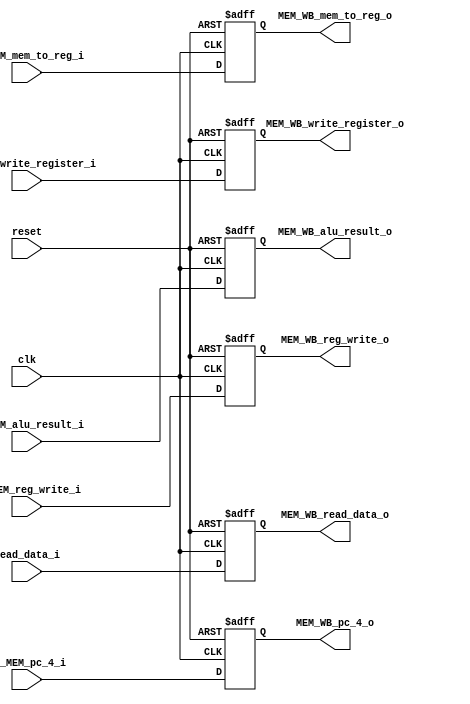
module MEM_WB_module
#(
	parameter NBits = 32
)
(
	input clk,
	input reset,
	input [NBits-1:0] EX_MEM_pc_4_i, //EX_MEM_pc_4_o_w
	input [NBits-1:0] read_data_i, //rest_data_w
	input [NBits-1:0] EX_MEM_alu_result_i,//EX_MEM_alu_result_o_w
	input [4:0] EX_MEM_write_register_i,
	
	input EX_MEM_reg_write_i, 
	input [0:1] EX_MEM_mem_to_reg_i, 

	
	output reg [31:0] MEM_WB_pc_4_o,
	output reg [31:0] MEM_WB_alu_result_o,
	output reg [31:0] MEM_WB_read_data_o,
	output reg [4:0] MEM_WB_write_register_o,
	
	output reg MEM_WB_reg_write_o, 
	output reg [1:0] MEM_WB_mem_to_reg_o
);

	always@(negedge reset or posedge clk) begin
		if(reset==0)begin
			MEM_WB_pc_4_o <= 32'h00000000;
			MEM_WB_alu_result_o <= 32'h00000000;
			MEM_WB_read_data_o <= 32'h00000000;
			MEM_WB_write_register_o <= 0;
			MEM_WB_reg_write_o <= 0;
			MEM_WB_mem_to_reg_o <= 0;
		end
		else begin
			MEM_WB_pc_4_o <= EX_MEM_pc_4_i;
			MEM_WB_alu_result_o <= EX_MEM_alu_result_i;
			MEM_WB_read_data_o <= read_data_i;
			MEM_WB_reg_write_o <= EX_MEM_reg_write_i; 
			MEM_WB_mem_to_reg_o <= EX_MEM_mem_to_reg_i;
			MEM_WB_write_register_o <= EX_MEM_write_register_i;
		end
	end

endmodule